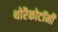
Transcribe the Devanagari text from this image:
थोरैकोटॉमी